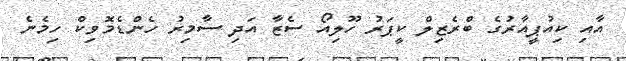
އާއި ކިއުޕީއާރުގެ ބްރެޒިލް ކީޕަރު ހޫލިއޯ ސެޒާ އަދި ސާމިރު ހެންޑެމޮވިކް ހިމެނެ